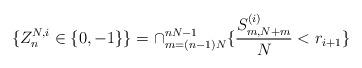
LaTeX: \begin{align*}\{Z^{N,i}_n\in\{0,-1\}\}=\cap_{m=(n-1)N}^{nN-1}\{\frac{S^{(i)}_{m,N+m}}N<r_{i+1}\}\end{align*}